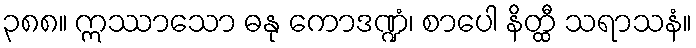
၃၈၈။ ဣဿာသော ဓနု ကောဒဏ္ဍံ၊ စာပေါ နိတ္ထီ သရာသနံ။